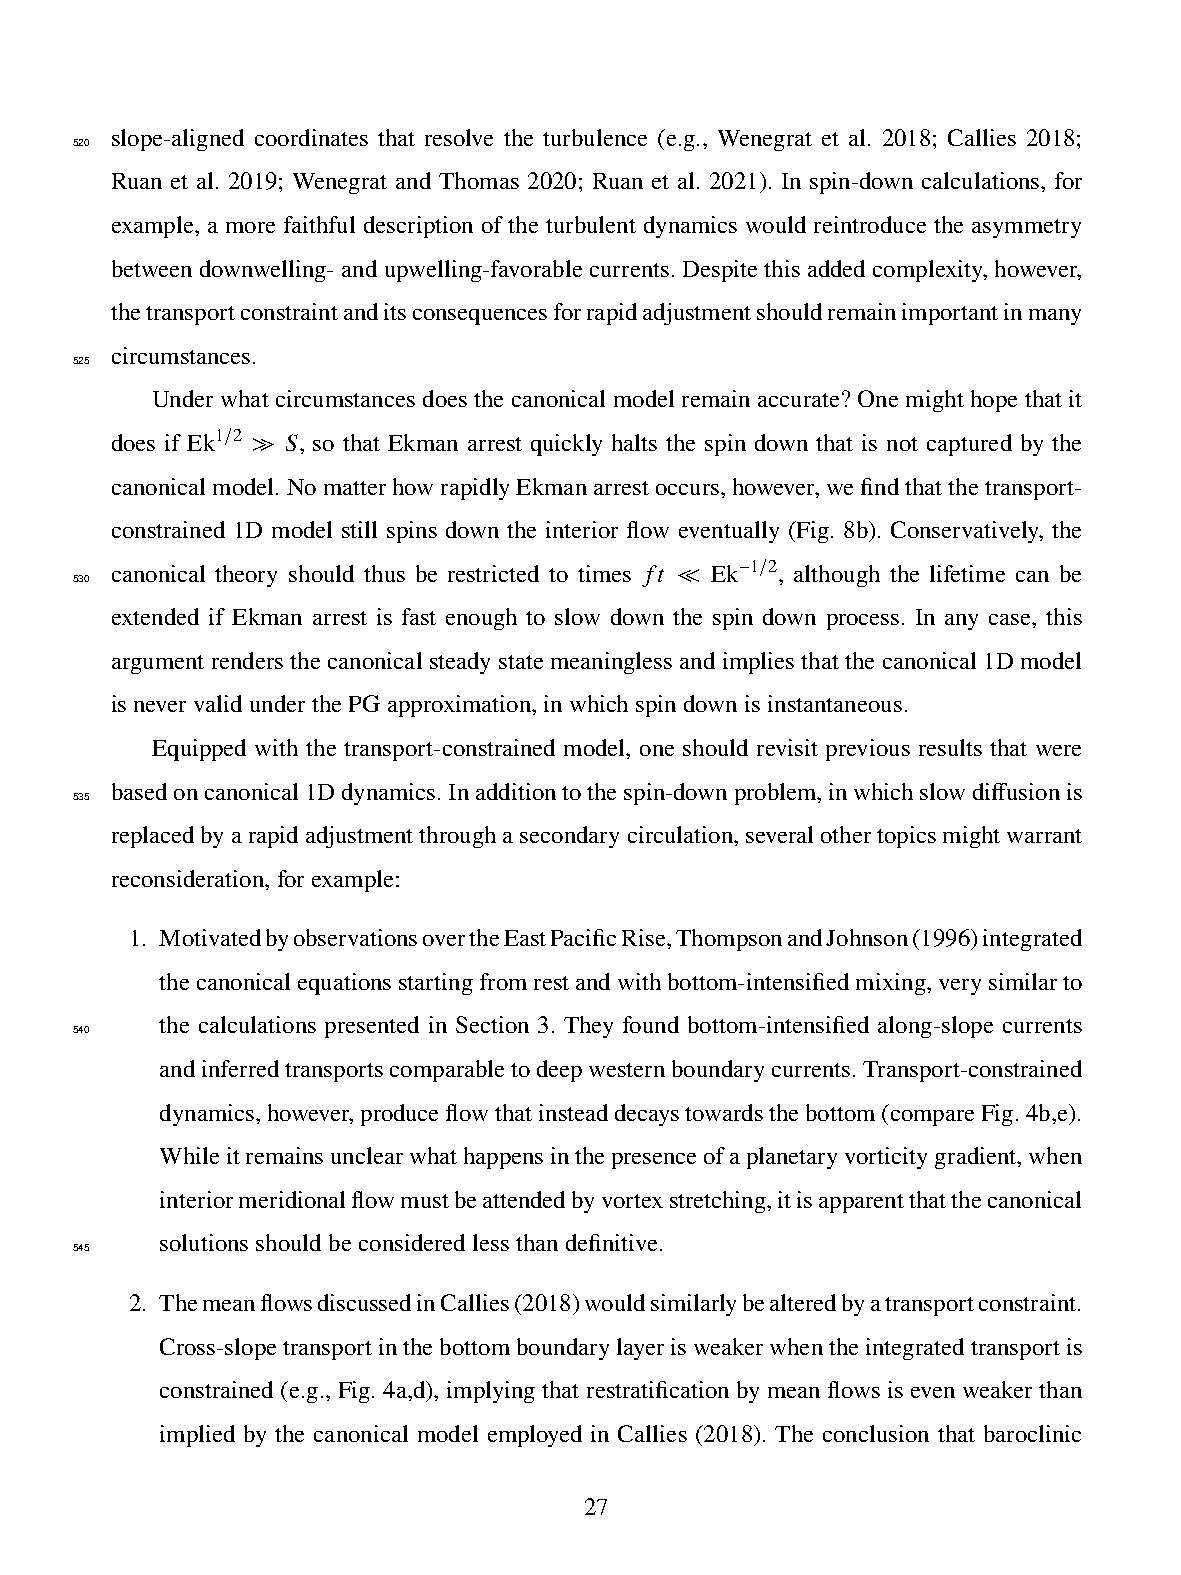
slope-aligned coordinates that resolve the turbulence (e.g., Wenegrat et al. 2018; Callies 2018;
 520
 Ruan et al. 2019; Wenegrat and Thomas 2020; Ruan et al. 2021). In spin-down calculations, for
 example, a more faithful description of the turbulent dynamics would reintroduce the asymmetry
 betweendownwelling-andupwelling-favorablecurrents.Despitethisaddedcomplexity,however,
 thetransportconstraintanditsconsequencesforrapidadjustmentshouldremainimportantinmany
 circumstances.
 525
 Under what circumstances does the canonical model remain accurate? One might hope that it
 does if Ek1 2 𝑆, so that Ekman arrest quickly halts the spin down that is not captured by the
 /
 ≫
 canonicalmodel.NomatterhowrapidlyEkmanarrestoccurs,however,wefindthatthetransport-
 constrained 1D model still spins down the interior flow eventually (Fig. 8b). Conservatively, the
 canonical theory should thus be restricted to times 𝑓𝑡 Ek 1 2, although the lifetime can be
 530                                         − /
 ≪
 extended if Ekman arrest is fast enough to slow down the spin down process. In any case, this
 argument renders the canonical steady state meaningless and implies that the canonical 1D model
 isnevervalidunderthePGapproximation,inwhichspindownisinstantaneous.
 Equipped with the transport-constrained model, one should revisit previous results that were
 basedoncanonical1Ddynamics.Inadditiontothespin-downproblem,inwhichslowdiffusionis
 535
 replacedbyarapidadjustmentthroughasecondarycirculation,severalothertopicsmightwarrant
 reconsideration,forexample:
 1. MotivatedbyobservationsovertheEastPacificRise,ThompsonandJohnson(1996)integrated
 thecanonicalequationsstartingfromrestandwithbottom-intensifiedmixing,verysimilarto
 the calculations presented in Section 3. They found bottom-intensified along-slope currents
 540
 andinferredtransportscomparabletodeepwesternboundarycurrents.Transport-constrained
 dynamics,however,produceflowthatinsteaddecaystowardsthebottom(compareFig.4b,e).
 Whileitremainsunclearwhathappensinthepresenceofaplanetaryvorticitygradient,when
 interiormeridionalflowmustbeattendedbyvortexstretching,itisapparentthatthecanonical
 solutionsshouldbeconsideredlessthandefinitive.
 545
 2. ThemeanflowsdiscussedinCallies(2018)wouldsimilarlybealteredbyatransportconstraint.
 Cross-slopetransportinthebottomboundarylayerisweakerwhentheintegratedtransportis
 constrained (e.g., Fig. 4a,d), implying that restratification by mean flows is even weaker than
 implied by the canonical model employed in Callies (2018). The conclusion that baroclinic
 27